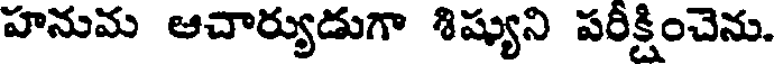
హనుమ ఆచార్యుడుగా శిష్యుని పరీక్షించెను.